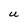
Character: U